Report of the Indian Hemp Drugs Commission, 1894-1895 - Volume IV
Year: 1894
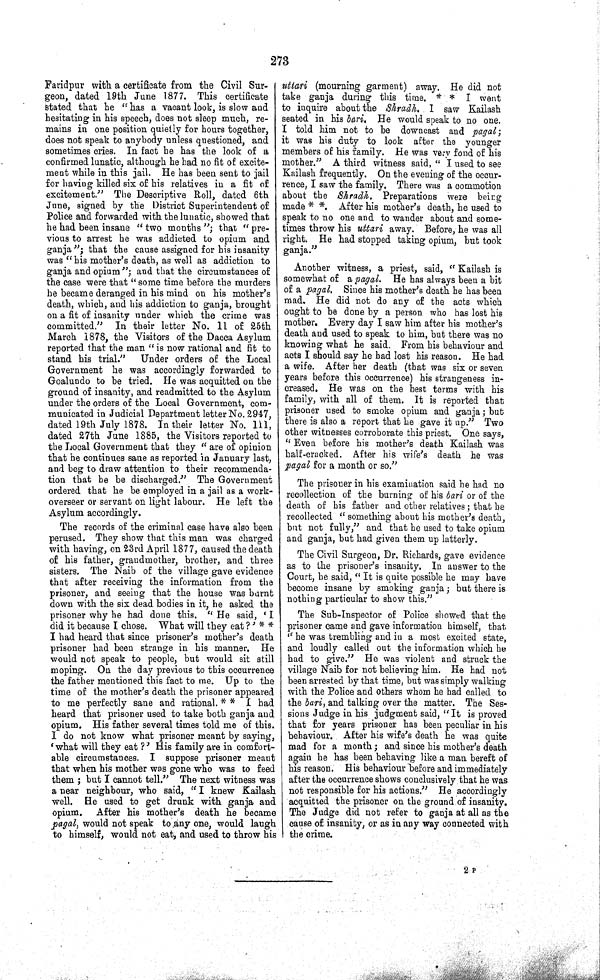
273
Faridpur with a certificate from the Civil Sur-
geon, dated 19th June 1877. This certificate
stated that he "has a vacant look, is slow and
hesitating in his speech, does not sleep much, re-
mains in one position quietly for hours together,
does not speak to anybody unless questioned, and
sometimes cries. In fact he has the look of a
confirmed lunatic, although he had no fit of excite-
ment while in this jail. He has been sent to jail
for having killed six of his relatives in a fit of
excitement." The Descriptive Roll, dated 6th
June, signed by the District Superintendent of
Police and forwarded with the lunatic, showed that
he had been insane "two months"; that "pre-
vious to arrest he was addicted to opium and
ganja"; that the cause assigned for his insanity
was "his mother's death, as well as addiction to
ganja and opium"; and that the circumstances of
the case were that "some time before the murders
he became deranged in his mind on his mother's
death, which, and his addiction to ganja, brought
on a fit of insanity under which the crime was
committed." In their letter No. 11 of 25th
March 1878, the Visitors of the Dacca Asylum
reported that the man "is now rational and fit to
stand his trial."
Under orders of the Local
Government he was accordingly forwarded to
Goalundo to be tried. He was acquitted on the
ground of insanity, and readmitted to the Asylum
under the orders of the Local Government, com-
municated in Judicial Department letter No. 2947,
dated 19th July 1878. In their letter No. 111,
dated 27th June 1885, the Visitors reported to
the Local Government that they "are of opinion
that he continues sane as reported in January last,
and beg to draw attention to their recommenda-
tion that he be discharged." The Government
ordered that he be employed in a jail as a work-
overseer or servant on light labour. He left the
Asylum accordingly.
The records of the criminal case have also been
perused. They show that this man was charged
with having, on 23rd April 1877, caused the death
of his father, grandmother, brother, and three
sisters. The Naib of the village gave evidence
that after receiving the information from the
prisoner, and seeing that the house was burnt
down with the six dead bodies in it, he asked the
prisoner why he had done this. "He said, 'I
did it because I chose. What will they eat?' * *
I had heard that since prisoner's mother's death
prisoner had been strange in his manner. He
would not speak to people, but would sit still
moping. On the day previous to this occurrence
the father mentioned this fact to me. Up to the
time of the mother's death the prisoner appeared
to me perfectly sane and rational. * * I had
heard that prisoner used to take both ganja and
opium. His father several times told me of this.
I do not know what prisoner meant by saying,
'what will they eat ?' His family are in comfort-
able circumstances. I suppose prisoner meant
that when his mother was gone who was to feed
them; but I cannot tell." The next witness was
a near neighbour, who said, "I knew Kailash
well. He used to get drunk with ganja and
opium.
After his mother's death he became
pagal, would not speak to any one, would laugh
to himself, would not eat, and used to throw his
uttari (mourning garment) away. He did not
take ganja during this time. * * I went
to inquire about the Shradh. I saw Kailash
seated in his bari. He would speak to no one.
I told him not to be downcast and pagal;
it was his duty to look after the younger
members of his family. He was very fond of his
mother." A third witness said, "I used to see
Kailash frequently. On the evening of the occur-
rence, I saw the family. There was a commotion
about the Shradh. Preparations were being
made * *. After his mother's death, he used to
speak to no one and to wander about and some-
times throw his uttari away. Before, he was all
right. He had stopped taking opium, but took
ganja."
Another witness, a priest, said, "Kailash is
somewhat of a pagal. He has always been a bit
of a pagal. Since his mother's death he has been
mad. He did not do any of the acts which
ought to be done by a person who has lost his
mother. Every day I saw him after his mother's
death and used to speak to him, but there was no
knowing what he said. From his behaviour and
acts I should say he had lost his reason. He had
a wife. After her death (that was six or seven
years before this occurrence) his strangeness in-
creased. He was on the best terms with his
family, with all of them. It is reported that
prisoner used to smoke opium and ganja; but
there is also a report that he gave it up." Two
other witnesses corroborate this priest. One says,
"Even before his mother's death Kailash was
half-cracked. After his wife's death he was
pagal for a month or so."
The prisoner in his examination said he had no
recollection of the burning of his bari or of the
death of his father and other relatives; that he
recollected "something about his mother's death,
but not fully," and that he used to take opium
and ganja, but had given them up latterly.
The Civil Surgeon, Dr. Richards, gave evidence
as to the prisoner's insanity. In answer to the
Court, he said, "It is quite possible he may have
become insane by smoking ganja; but there is
nothing particular to show this."
The Sub-Inspector of Police showed that the
prisoner came and gave information himself, that
"he was trembling and in a most excited state,
and loudly called out the information which he
had to give." He was violent and struck the
village Naib for not believing him. He had not
been arrested by that time, but was simply walking
with the Police and others whom he had called to
the bari, and talking over the matter. The Ses-
sions Judge in his judgment said, "It is proved
that for years prisoner has been peculiar in his
behaviour. After his wife's death he was quite
mad for a month; and since his mother's death
again he has been behaving like a man bereft of
his reason. His behaviour before and immediately
after the occurrence shows conclusively that he was
not responsible for his actions." He accordingly
acquitted the prisoner on the ground of insanity.
The Judge did not refer to ganja at all as the
cause of insanity, or as in any way connected with
the crime.
2 P